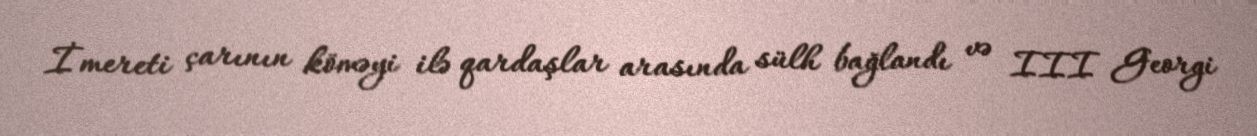
İmereti çarının köməyi ilə qardaşlar arasında sülh bağlandı və III Georgi